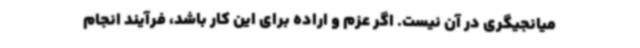
میانجیگری در آن نیست. اگر عزم و اراده برای این کار باشد، فرآیند انجام